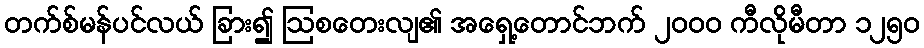
တက်စ်မန်ပင်လယ် ခြား၍ ဩစတေးလျ၏ အရှေ့တောင်ဘက် ၂၀၀၀ ကီလိုမီတာ ၁၂၅၀